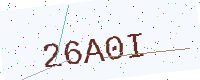
Text: 26A0I